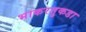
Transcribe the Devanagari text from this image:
भाकरतुकडा